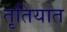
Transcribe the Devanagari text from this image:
तृतियात